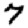
Digit: 7